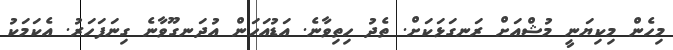
މިހެން މިކިޔަނީ މުޝްއަށް ރަނގަޅަކަށް. ތެދު ހިތިވާނެ. އަޑުއަހަން އުދަނގޫވާނެ ގިނަފަހަރު. އެކަމަކު